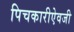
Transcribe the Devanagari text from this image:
पिचकारीऐवजी